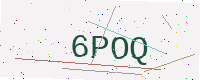
Text: 6POQ